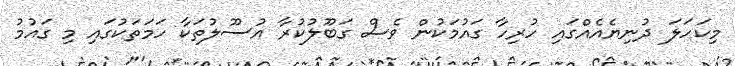
މިކަހަލަ ދުނިޔެއެއްގައި ހުރިހާ ގައުމަކުން ވެސް ގަބޫލުކުރާ އުސޫލުތަކާ ހަމަތަކުގައި މި ގައުމު